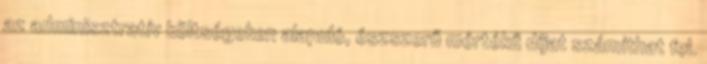
az adminisztratív költségeken alapuló, észszerű mértékű díjat számíthat fel.